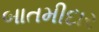
બાતમીદાર